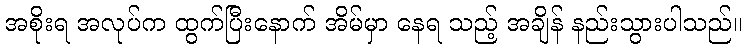
အစိုးရ အလုပ်က ထွက်ပြီးနောက် အိမ်မှာ နေရ သည့် အချိန် နည်းသွားပါသည်။